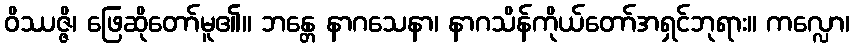
ဝိဿဇ္ဇိ၊ ဖြေဆိုတော်မူ၏။ ဘန္တေ နာဂသေနာ၊ နာဂသိန်ကိုယ်တော်အရှင်ဘုရား။ ကလ္လော၊